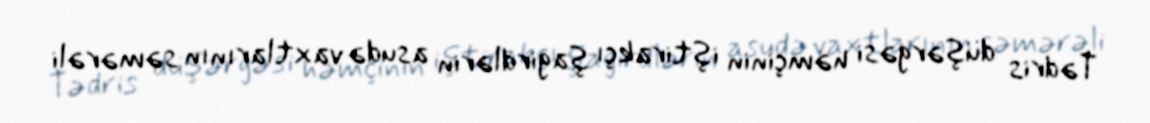
Tədris düşərgəsi həmçinin iştirakçı şagirdlərin asudə vaxtlarının səmərəli